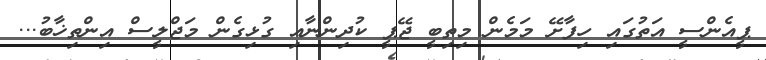
ޕީއެންސީ އަތުގައި ހިފާށޭ މަމެން މިތިބީ ޖޭޕީ ކުދިންނާއި ގުޅިގެން މަޖްލީސް އިންތިޚާބު...